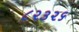
૮૨૩૨૬